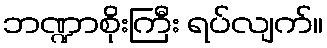
ဘဏ္ဍာစိုးကြီး ရပ်လျက်။